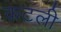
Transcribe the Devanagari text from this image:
कटली